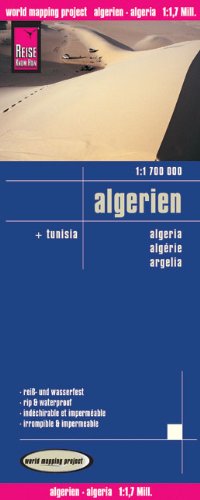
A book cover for Algeria, Tunesia; Reise Know-How Verlag; Travel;